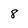
Character: 8